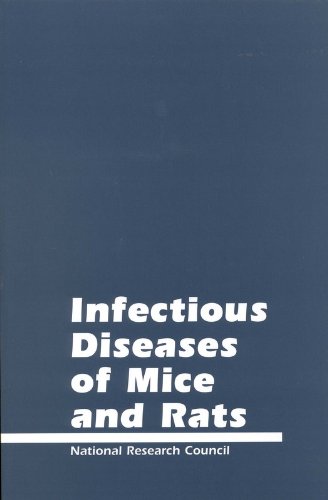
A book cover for Infectious Diseases of Mice and Rats; Committee on Infectious Diseases of Mice and Rats; Medical Books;